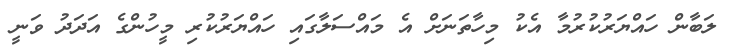
ލަބާން ހައްޔަރުކުރުމާ އެކު މިހާތަނަށް އެ މައްސަލާގައި ހައްޔަރުކުރި މީހުންގެ އަދަދު ވަނީ